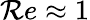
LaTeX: \mathcal{R}e\approx1